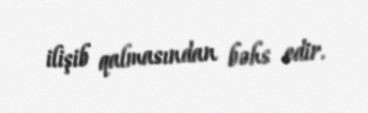
ilişib qalmasından bəhs edir.